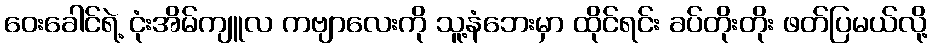
ဝေးခေါင်ရဲ့ ငုံးအိမ်ကျူလ ကဗျာလေးကို သူ့နံဘေးမှာ ထိုင်ရင်း ခပ်တိုးတိုး ဖတ်ပြမယ်လို့